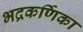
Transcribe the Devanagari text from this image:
भद्रकर्णिका